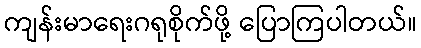
ကျန်းမာရေးဂရုစိုက်ဖို့ ပြောကြပါတယ်။